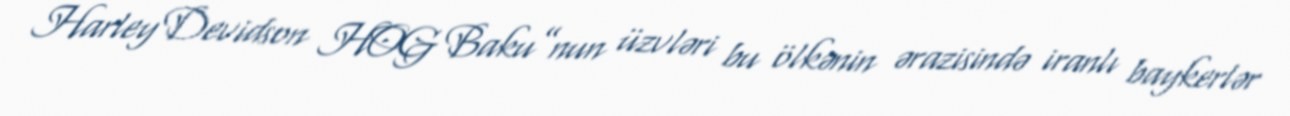
Harley Devidson HOG Baku”nun üzvləri bu ölkənin ərazisində iranlı baykerlər